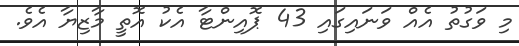
މި ވަގުތު އެއް ވަނައިގައި 43 ޕޮއިންޓާ އެކު އޮތީ މާޒިޔާ އެވެ.